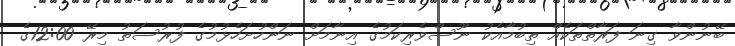
ބޭނުންވާ ގިނަ ފަރާތްތަކެއް ތިބުމާއެކު ނޫސްވެރިކަމުގެ އިނާމަށް ނަންހުށަހެޅުމުގެ ފުރުސަތު މިރޭ 12:00ގެ